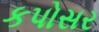
કપોસર